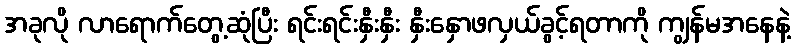
အခုလို လာရောက်တွေ့ဆုံပြီး ရင်းရင်းနှီးနှီး နှီးနှောဖလှယ်ခွင့်ရတာကို ကျွန်မအနေနဲ့